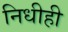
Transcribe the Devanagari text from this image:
निधीही